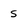
Character: 5